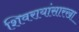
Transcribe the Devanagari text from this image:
शिवरायांसारखा